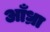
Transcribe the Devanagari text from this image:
आँध्रा